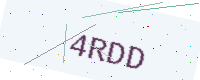
Text: 4RDD